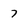
Character: 7